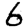
Digit: 6